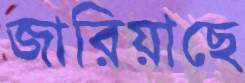
জারিয়াছে